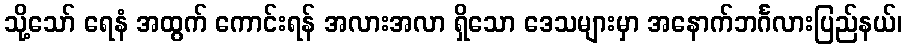
သို့သော် ရေနံ အထွက် ကောင်းရန် အလားအလာ ရှိသော ဒေသများမှာ အနောက်ဘင်္ဂလားပြည်နယ်၊